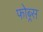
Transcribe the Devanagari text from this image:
फोब्र्स